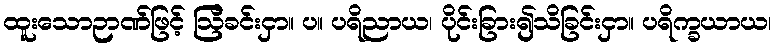
ထူးသောဉာဏ်ဖြင့် ဩိခင်းငှာ။ ပ။ ပရိညာယ၊ ပိုင်းခြား၍သိခြင်းငှာ။ ပရိက္ခယာယ၊